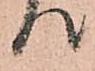
て